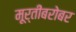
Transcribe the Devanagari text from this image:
मूर्तींबरोबर